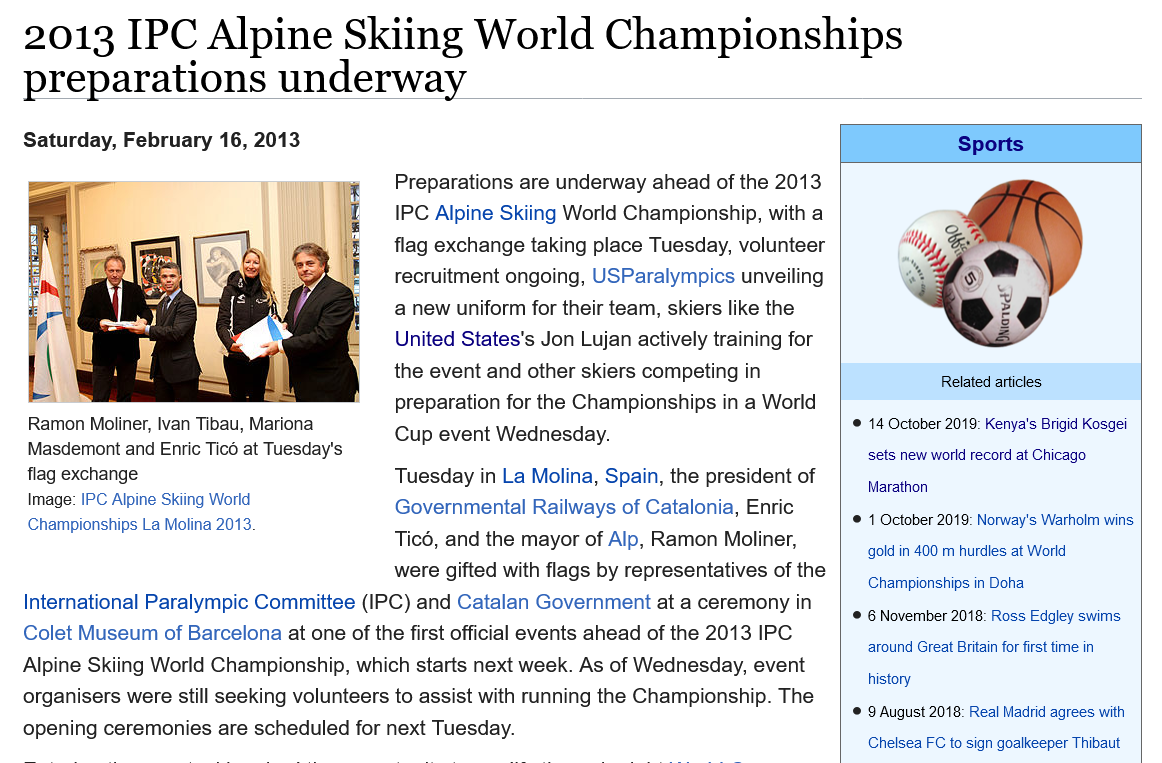
2013    IPC    Alpine    Skiing    World    Championships
   preparations    underway
   Saturday, February 16, 2013
     Preparations are underway ahead of the 2013
     IPC Alpine Skiing World Championship, with a
     flag exchange taking place Tuesday, volunteer
     recruitment ongoing, USParalympics unveiling
     anew uniform for their team, skiers like the
     United States's Jon Lujan actively training for
     the event and other skiers competing in
     preparation for the Championships in a World
     Cup event Wednesday.
     Tuesday in La Molina, Spain, the president of
     Governmental Railways of Catalonia, Enric
     Ticd, and the mayor of Alp, Ramon Moliner,
     were gifted with flags by representatives of the
   International Paralympic Committee (IPC) and Catalan Government at a ceremony in
   Colet Museum of Barcelona at one of the first official events ahead of the 2013 IPC.
   Alpine Skiing World Championship, which starts next week. As of Wednesday, event
   organisers were still seeking volunteers to assist with running the Championship. The
   opening ceremonies are scheduled for next Tuesday.
     © 14 October 2019: Kenya's Brigid Kosgei
     sets new world record at Chicago
     Marathon
     © 1 October 2019: Norway's Warholm wins
     gold in 400 m hurdles at World
     Championships in Doha
     © 6 November 2018: Ross Edgley swims
     around Great Britain for first time in
     history
     © 9 August 2018: Real Madrid agrees with
     Chelsea FC to sign goalkeeper Thibaut
     Related articles
     Sports
   Ramon Moliner, Ivan Tibau, Mariona
   Masdemont and Enric Tico at Tuesday's
   flag exchange
   Image: IPC Alpine Skiing World
   Championships La Molina 2013